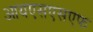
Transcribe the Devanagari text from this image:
आयएसएसएफ